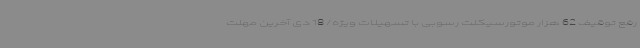
رفع توقیف 62 هزار موتورسیکلت رسوبی با تسهیلات ویژه/ 18 دی آخرین مهلت